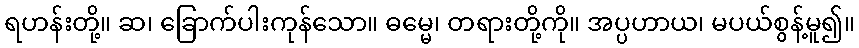
ရဟန်းတို့။ ဆ၊ ခြောက်ပါးကုန်သော။ ဓမ္မေ၊ တရားတို့ကို။ အပ္ပဟာယ၊ မပယ်စွန့်မူ၍။